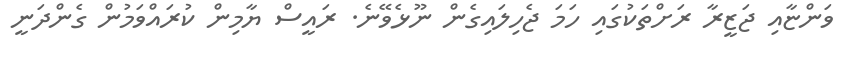
ވަންޏާއި ޖަޒީރާ ރަށްތަކުގައި ހަމަ ޖެހިލައިގެން ނޫޅެވޭނެ. ރައީސް ޔާމިން ކުރައްވަމުން ގެންދަނީ